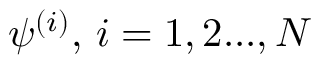
\psi ^ { ( i ) } , \, i = 1 , 2 . . . , N